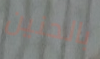
بالحنين